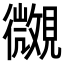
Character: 𧢒